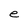
Character: e